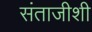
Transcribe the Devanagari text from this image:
संताजीशी